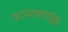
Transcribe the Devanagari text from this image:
फायरफ्लाईझ